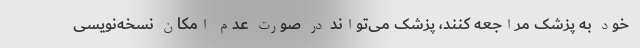
خود به پزشک مراجعه کنند، پزشک می‌تواند در صورت عدم امکان نسخه‌نویسی